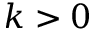
k > 0